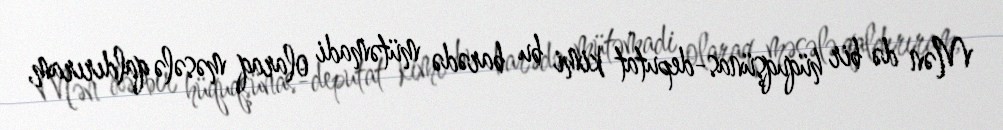
Mən də bir hüquqşünas-deputat kimi bu barədə mütəmadi olaraq məsələ qaldırıram,